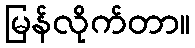
မြန်လိုက်တာ။